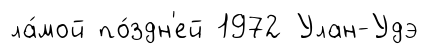
ла́мой по́здн'ей 1972 Улан-Удэ